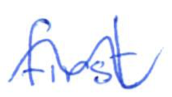
Text: first
Cross-out: wave
Writing tool: ballpoint